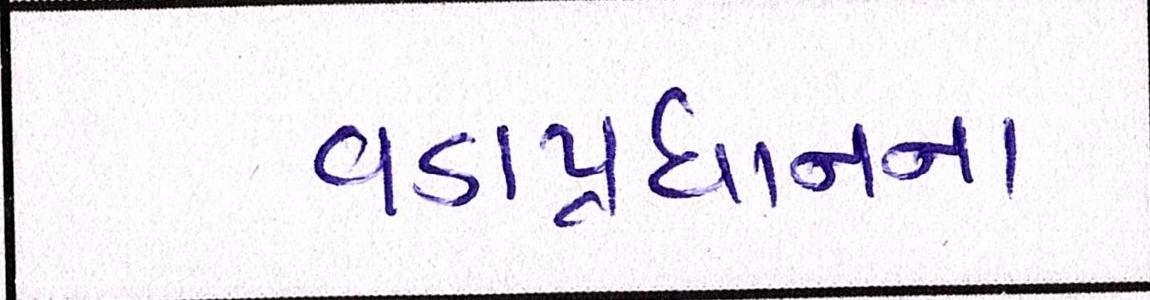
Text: વડાપ્રધાનના